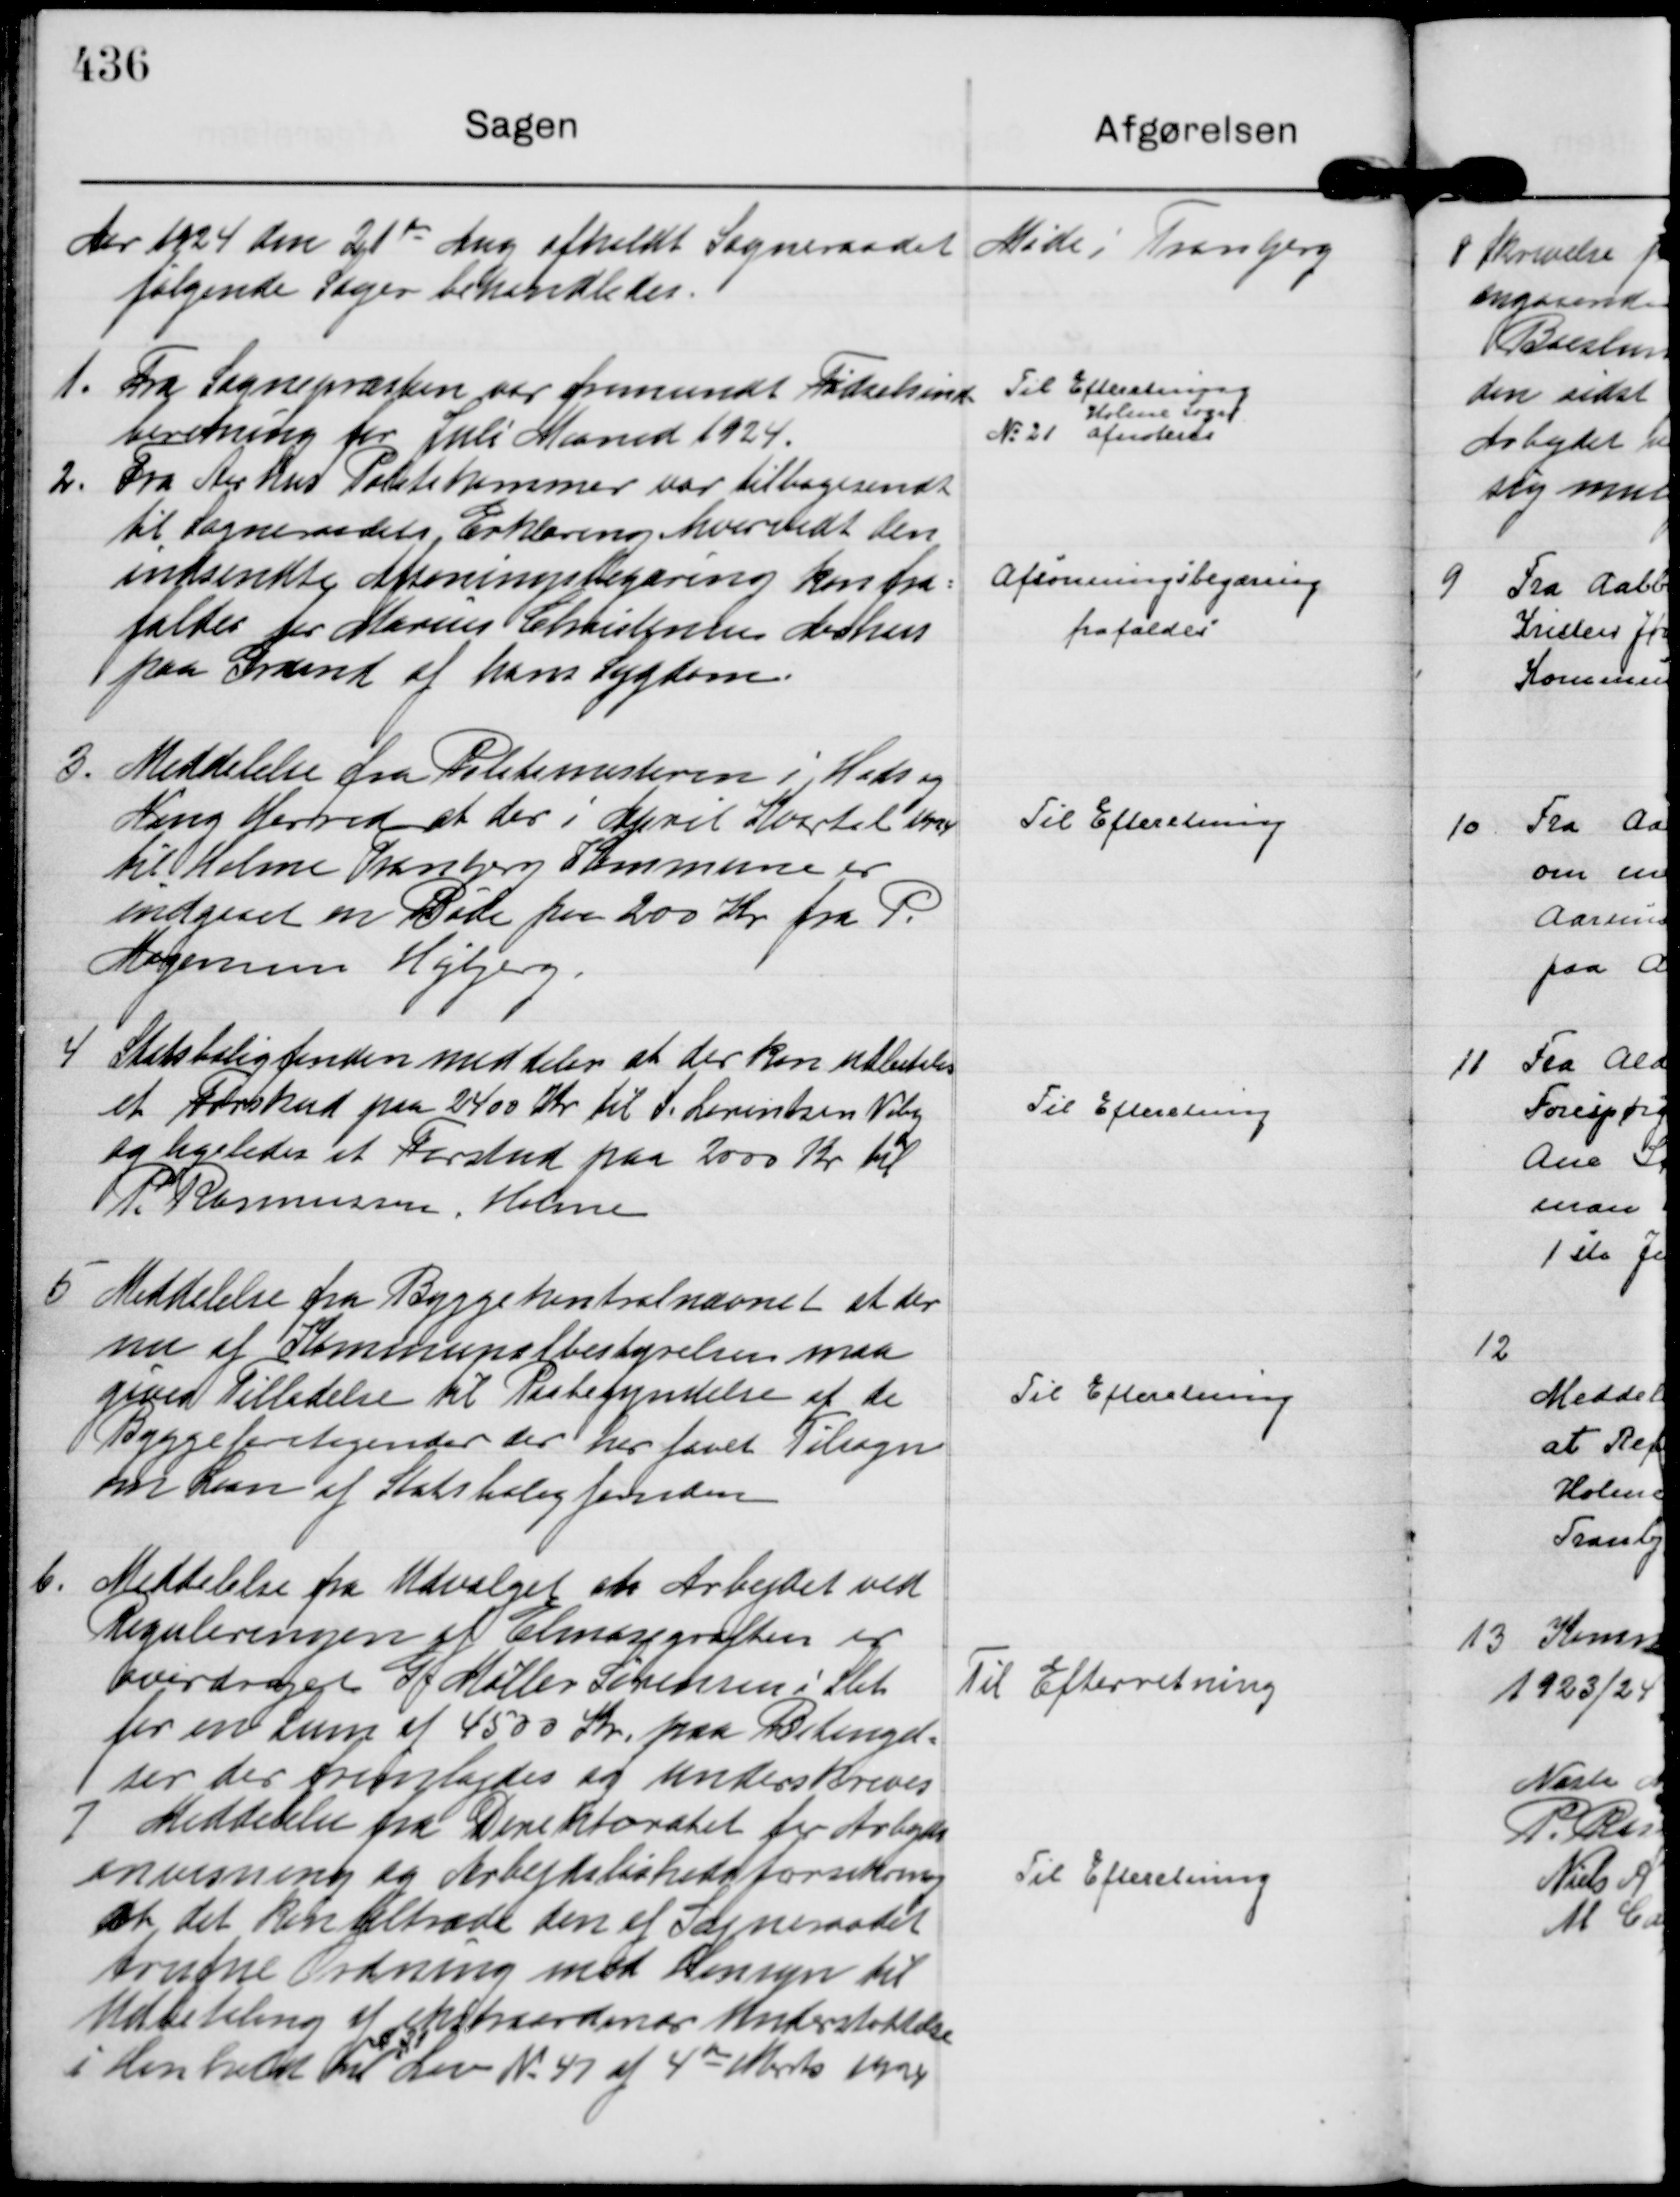
Transskription:
Aar 1924 den 21 de Aug afholdt Sogneraadet Møde i Tranbjerg 
følgende Sager behandledes.

1.
Fra Sognepræsten var fremsendt Fødselsind=
beretning for Juli Maaned 1924.

Til Efteretning
Holme Sogn
N: 21 afnoteres

2.
Fra Aarhus Politikammer var tilbagesendt
til Sogneraadets, Erklæring hvorvidt den
indsendte Afsoningsbegæring kan fra=
faldes for Marius Christensen Aarhus 
paa Grund af hans Sygdom.

Afsonningsbegæring
frafaldes

3.
Meddelelse fra Politimesteren i Hads og
Ning Herred at der i April Kvartal 1924
til Holme Tranbjerg Kommune er
indgaaet en Bøde paa 200 Kr fra P.
Mogensem Højbjerg.

Til Efteretning

4
Statsboligfonden meddeler at der kan udbetales
et Forskud paa 2400 Kr til S. Lorentzen Viby 
og ligeledes et Forskud paa 2000 Kr til
P. Rasmussen, Holme

Til Efteretning

5
Meddelelse fra Byggekontrolnævnet at der
nu af Kommunalbestyrelsen maa
gives Tilladelse til Paabegyndelse af de
Byggeforetagender der har faaet Tilsagn
om Laan af Statsboligfonden

Til Efteretning

6.
Meddelelse fra Udvalget at Arbejdet ved
Reguleringen af Elmosegrøften er
overdraget G J Møller Sørensen i Slet
for en Sum af 4500 Kr. paa Betingel=
ser der fremlagdes og underskreves

Til Efterretning

7
Meddelelse fra Direktoratet for Arbejds
anvisning og Arbejdsløshedsforsikring
at det kan tiltræde den af Sogneraadet
trufne Ordning med Hensyn til
Udbetaling af ekstraordinær Understøttelse
i Henhold til 
§ 31
Lov N: 47 af 4 de Marts 1924

Til Efteretning